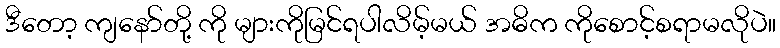
ဒီတော့ ကျနော်တို့ ကို များကိုမြင်ရပါလိမ့်မယ် အဓိက ကိုစောင့်စရာမလိုပဲ။